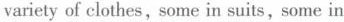
varietyof clothes, some in suits,some in